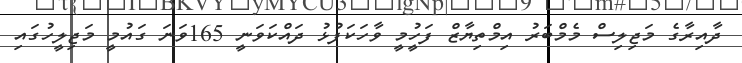
ދާއިރާގެ މަޖިލިސް މެމްބަރު އިމްތިޔާޒް ފަހުީމީ ވާހަކަފުޅު ދައްކަވަނީ 165ވަނަ ގައުމީ މަޖިލީހުގައި